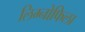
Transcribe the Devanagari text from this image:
लिम्नोफिला